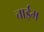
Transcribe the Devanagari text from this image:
चाईम